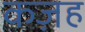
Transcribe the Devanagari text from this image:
कज़ह